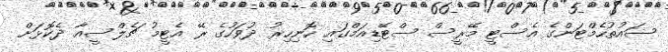
ސައުތުހެމްޓަންގެ އެސްޓީ މޭރީސް ސްޓޭޑިއަމްގައި ހޮނިހިރު ދުވަހުގެ ރޭ އެޓީމު ޗެލްސީއާ ދެކޮޅަށް